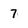
Character: 7